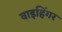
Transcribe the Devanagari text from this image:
वाइहिंगर